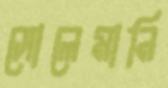
সোলেমানি